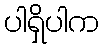
ပါရှိပါက